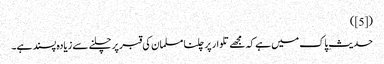
([5])
حدیثِ پاک میں ہے کہ مجھے تلوار پر چلنا مسلمان کی قبر پر چلنے سے زیادہ پسند ہے۔